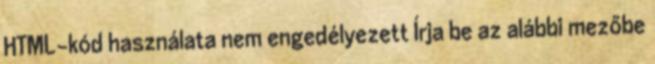
HTML-kód használata nem engedélyezett Írja be az alábbi mezőbe